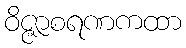
ဝိဇ္ဇာစရဏကထာ